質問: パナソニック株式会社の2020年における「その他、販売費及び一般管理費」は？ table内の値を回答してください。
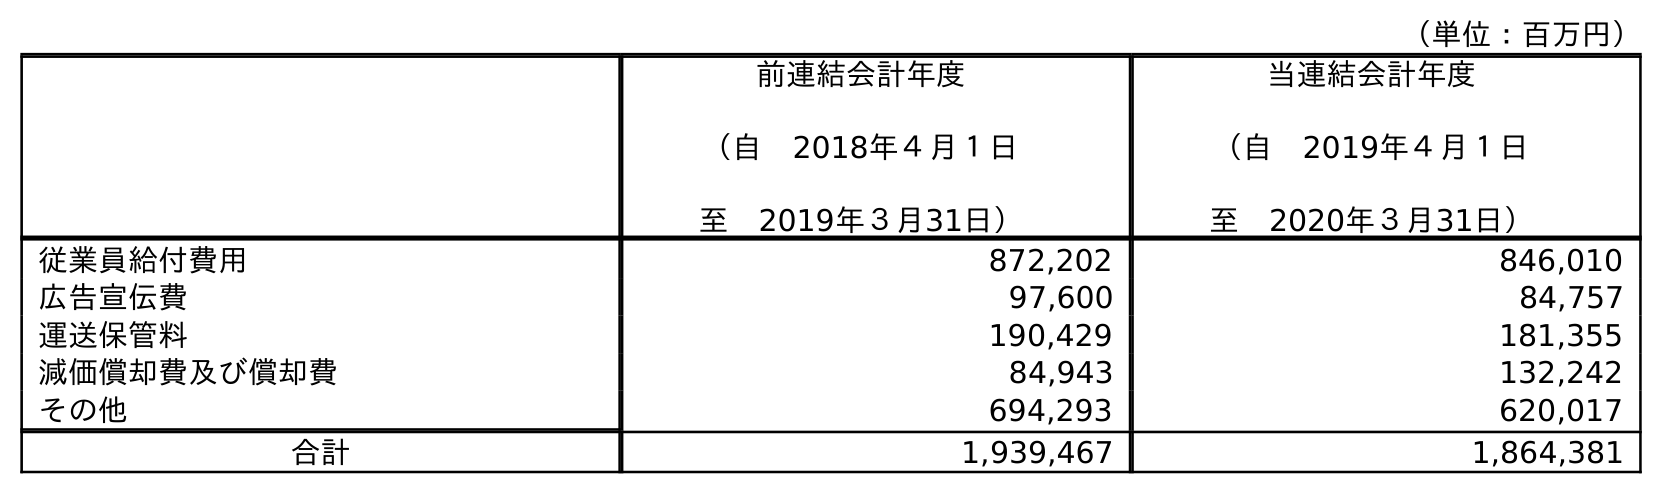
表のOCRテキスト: （単位：百万円） 前連結会計年度 （自 2018年４月１日 至 2019年３月31日） 当連結会計年度 （自 2019年４月１日 至 2020年３月31日） 従業員給付費用 872,202 846,010 広告宣伝費 97,600 84,757 運送保管料 190,429 181,355 減価償却費及び償却費 84,943 132,242 その他 694,293 620,017 合計 1,939,467 1,864,381
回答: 620,017